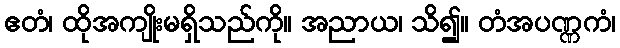
ဧတံ၊ ထိုအကျိုးမရှိသည်ကို။ အညာယ၊ သိ၍။ တံအပဏ္ဏကံ၊